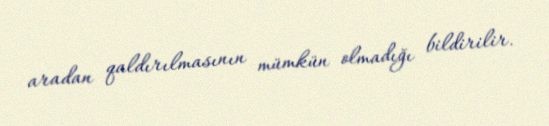
aradan qaldırılmasının mümkün olmadığı bildirilir.